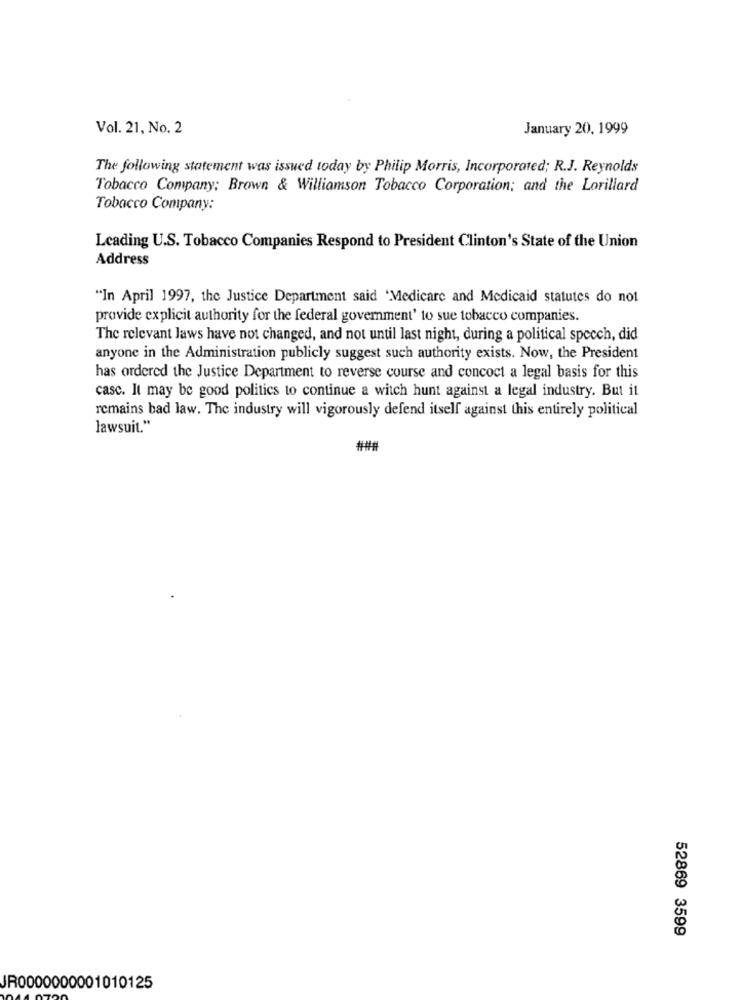
Vol. 21, No. 2
January 20, 1999
The following statement was issued today by Philip Morris, Incorporated; R.J. Reynolds
Tobacco Company; Brown & Williamson Tobacco Corporation; and the Lorillard
Tobacco Company:
Leading U.S. Tobacco Companies Respond to President Clinton's State of the Union
Address
"In April 1997, the Justice Department said 'Medicare and Medicaid statutes do not
provide explicit authority for the federal government' to sue tobacco companies.
The relevant laws have not changed, and not until last night, during a political speech, did
anyone in the Administration publicly suggest such authority exists. Now, the President
has ordered the Justice Department to reverse course and concoct a legal basis for this
casc. It may be good politics to continue a witch hunt against a legal industry. But it
remains bad law. The industry will vigorously defend itself against this entirely political
lawsuit."
###
52869 3599
JR0000000001010125